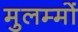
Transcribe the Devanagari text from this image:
मुलम्मों